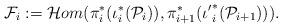
LaTeX: \begin{align*}\mathcal{F}_i := \mathcal{H}om(\pi^*_i(\iota^*_i(\mathcal{P}_i)), \pi^*_{i+1}({\iota'}^*_i (\mathcal{P}_{i+1}))).\end{align*}